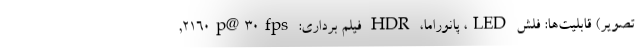
تصویر) قابلیت‌ها: فلش LED، پانوراما، HDR فیلم برداری: ۲۱۶۰p@۳۰fps,